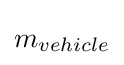
m_{vehicle}\,\!